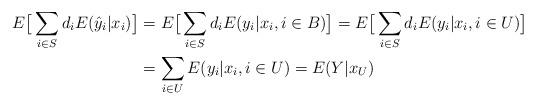
LaTeX: \begin{align*}E\big[ \sum_{i\in S} d_i E(\hat{y}_i | x_i) \big] & = E\big[ \sum_{i\in S} d_i E(y_i | x_i, i\in B) \big] = E\big[ \sum_{i\in S} d_i E(y_i | x_i, i\in U) \big] \\& = \sum_{i\in U} E(y_i | x_i, i\in U) = E(Y | x_U)\end{align*}